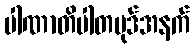
ပါဏာတိပါတပုဒ်အနက်